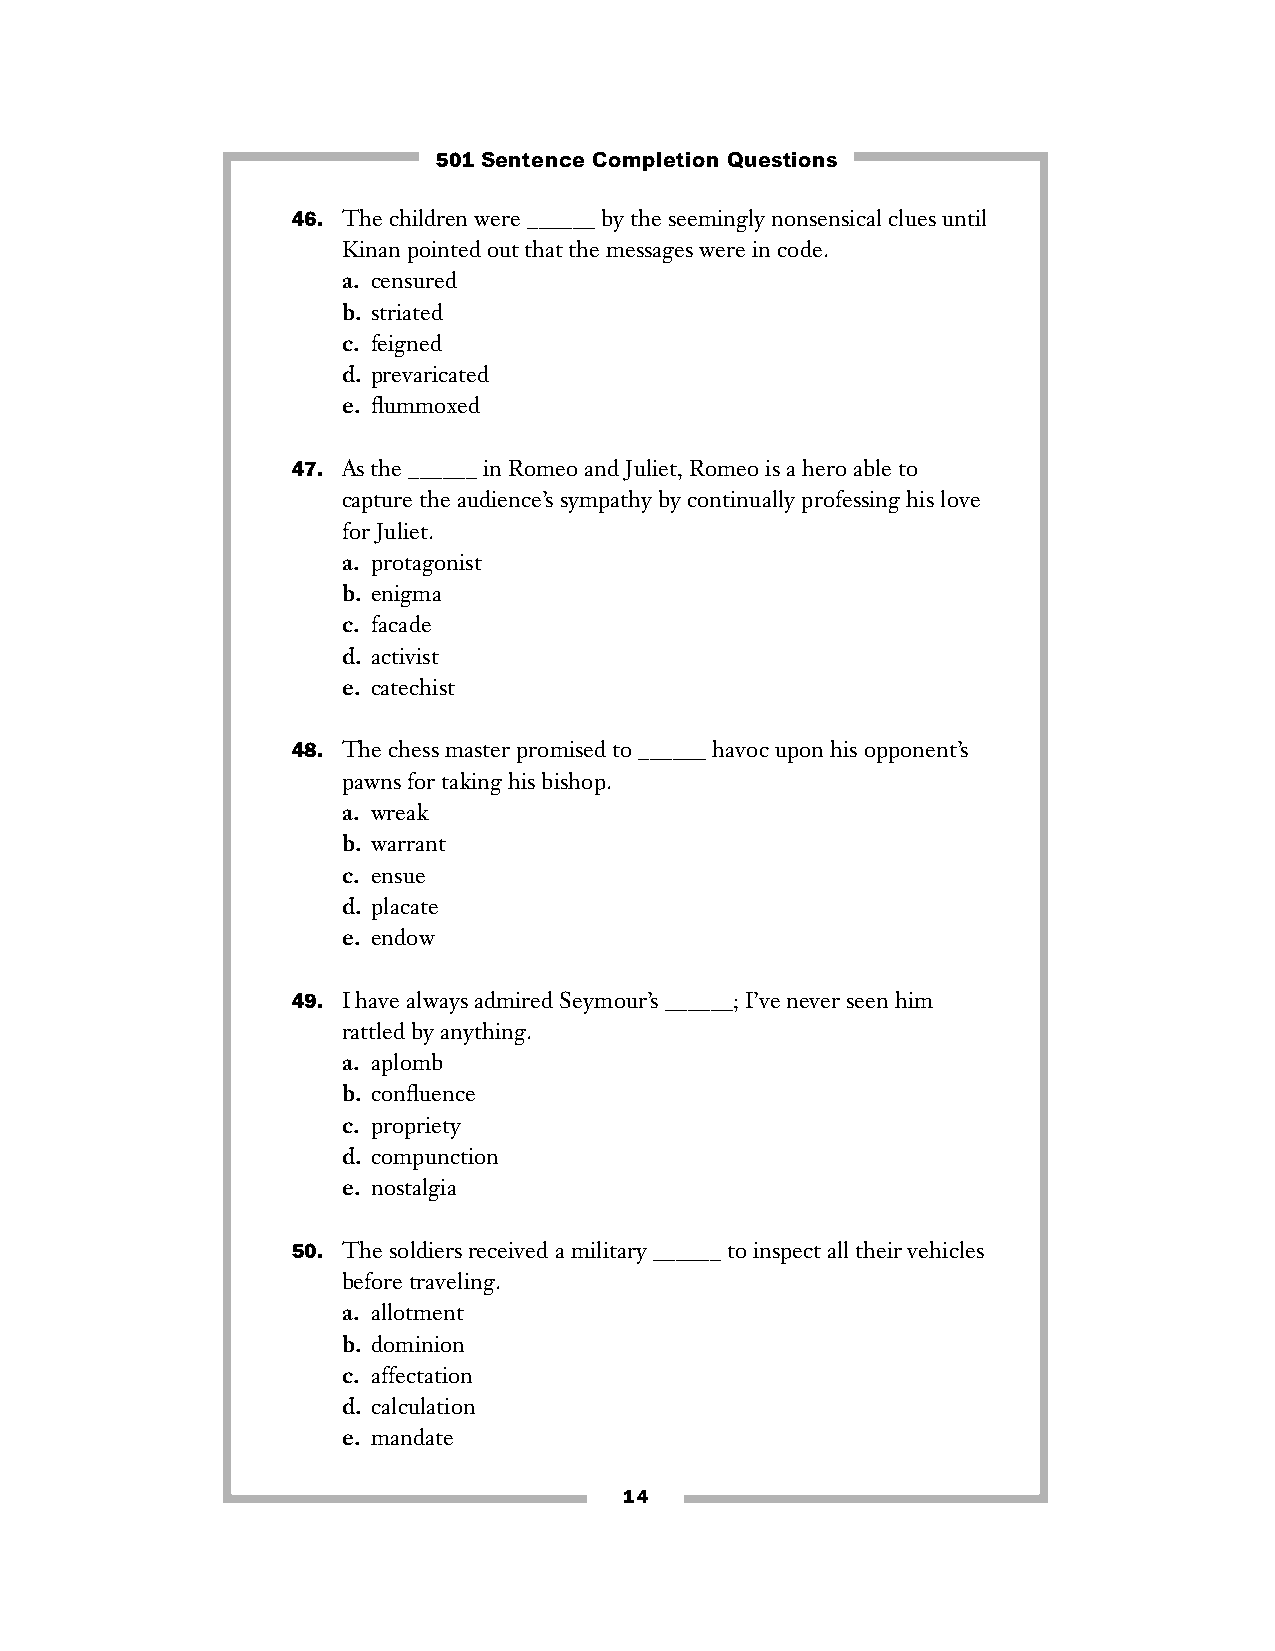
501 Sentence Completion Questions
 46. The children were ______ by the seemingly nonsensical clues until
 Kinan pointed out that the messages were in code.
 a. censured
 b. striated
 c. feigned
 d. prevaricated
 e. flummoxed
 47. As the ______ in Romeo and Juliet, Romeo is a hero able to
 capture the audience’s sympathy by continually professing his love
 for Juliet.
 a. protagonist
 b. enigma
 c. facade
 d. activist
 e. catechist
 48. The chess master promised to ______ havoc upon his opponent’s
 pawns for taking his bishop.
 a. wreak
 b. warrant
 c. ensue
 d. placate
 e. endow
 49. I have always admired Seymour’s ______; I’ve never seen him
 rattled by anything.
 a. aplomb
 b. confluence
 c. propriety
 d. compunction
 e. nostalgia
 50. The soldiers received a military ______ to inspect all their vehicles
 before traveling.
 a. allotment
 b. dominion
 c. affectation
 d. calculation
 e. mandate
 14